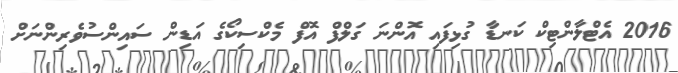
2016 އެޓްލާންޓިކް ކަނޑާ ގުޅިފައި އޮންނަ ގަލްފް އޮފް މެކްސިކޯގެ އަޑިން ސައިންސުވެރިންނަށް